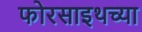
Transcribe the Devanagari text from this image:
फोरसाइथच्या